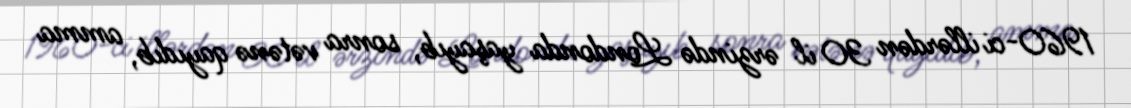
1960-ci illərdən 30 il ərzində Londonda yaşayıb, sonra vətənə qayıdıb, amma